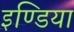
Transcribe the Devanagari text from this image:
इण्‍डिया